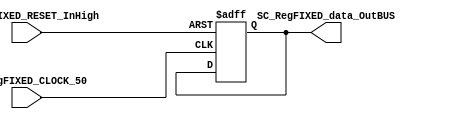
//=======================================================
//  MODULE Definition
//=======================================================
module SC_RegFIXED #(parameter DATAWIDTH_BUS=8, parameter DATA_REGFIXED_INIT=8'b00000000)(
	//////////// OUTPUTS //////////
	SC_RegFIXED_data_OutBUS,
	//////////// INPUTS //////////
	SC_RegFIXED_CLOCK_50,
	SC_RegFIXED_RESET_InHigh
);
//=======================================================
//  PARAMETER declarations
//=======================================================

//=======================================================
//  PORT declarations
//=======================================================
output reg		[DATAWIDTH_BUS-1:0] SC_RegFIXED_data_OutBUS;
input			SC_RegFIXED_CLOCK_50;
input			SC_RegFIXED_RESET_InHigh;
//=======================================================
//  REG/WIRE declarations
//=======================================================
reg [DATAWIDTH_BUS-1:0] RegFIXED_Register;
reg [DATAWIDTH_BUS-1:0] RegFIXED_Signal;
//=======================================================
//  Structural coding
//=======================================================
//INPUT LOGIC: COMBINATIONAL
always @ (*)
	RegFIXED_Signal = RegFIXED_Register;
// REGISTER : SEQUENTIAL
always @ ( posedge SC_RegFIXED_CLOCK_50 , posedge SC_RegFIXED_RESET_InHigh)
	if (SC_RegFIXED_RESET_InHigh==1)
		RegFIXED_Register <= DATA_REGFIXED_INIT;
	else
		RegFIXED_Register <= RegFIXED_Signal;
//=======================================================
//  Outputs
//=======================================================
// OUTPUT LOGIC : COMBINATIONAL
	always @ (*)
		SC_RegFIXED_data_OutBUS = RegFIXED_Register;  

endmodule